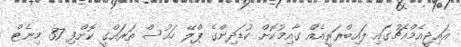
އައިޖީއެމްއެޗުގައި ލައިބްރަރީއެއް ގާއިމުކޮށް ކުޑަދިންގެ ޕްލޭ ހައުސް ތަރައްގީ ކޮށްފި 37 މިނެޓް